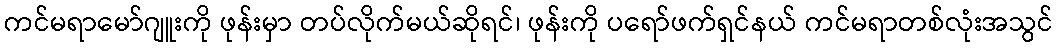
ကင်မရာမော်ဂျူးကို ဖုန်းမှာ တပ်လိုက်မယ်ဆိုရင်၊ ဖုန်းကို ပရော်ဖက်ရှင်နယ် ကင်မရာတစ်လုံးအသွင်